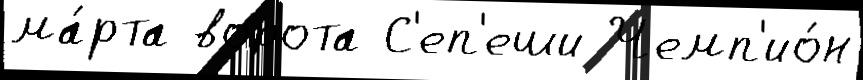
ма́рта ворота С'еп'еши Чемп'ио́н